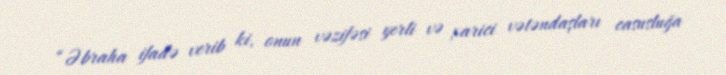
“Əbraha ifadə verib ki, onun vəzifəsi yerli və xarici vətəndaşları casusluğa